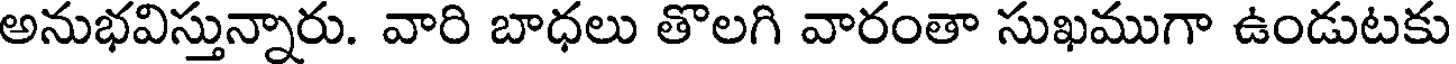
అనుభవిస్తున్నారు. వారి బాధలు తొలగి వారంతా సుఖముగా ఉండుటకు